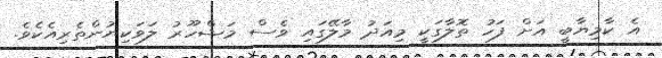
އެ ކާމިޔާބީ އަށް ފަހު ތޮލާގަކީ މިއަދު މާލޭގައި ވެސް މަޝްހޫރު ލަވަކިޔުންތެރިއެކެވެ.